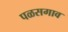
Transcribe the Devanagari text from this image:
पळसगाव